Annual report on the working of the Harcourt Butler Institute of Public Health, Rangoon
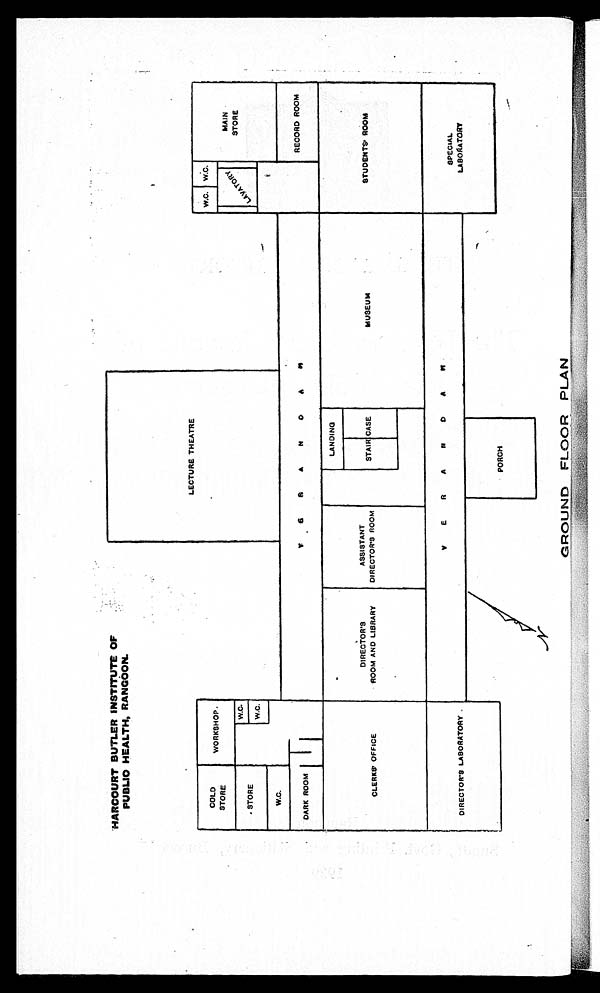
HARCOURT BUTLER INSTITUTE OF
PUBLIO HEALTH, RANGOON.
GROUND FLOOR PLAN